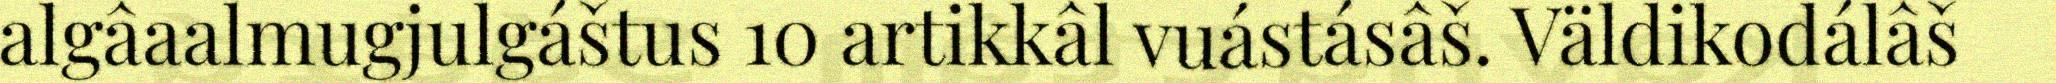
algâaalmugjulgáštus 10 artikkâl vuástásâš. Väldikodálâš